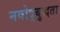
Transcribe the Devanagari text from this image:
नवोद्बुद्धता